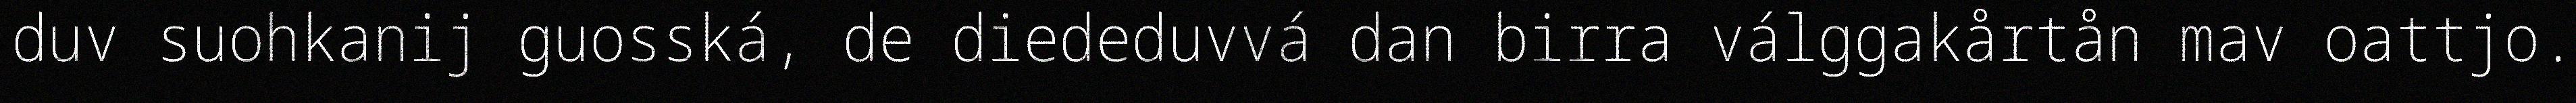
duv suohkanij guosská, de diededuvvá dan birra válggakårtån mav oattjo.